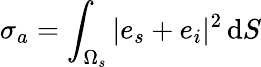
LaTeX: \sigma_{a}=\int_{\Omega_{s}}|e_{s}+e_{i}|^{2}\, \mathrm{d}S